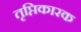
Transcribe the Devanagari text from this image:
तृप्तिकारक